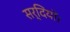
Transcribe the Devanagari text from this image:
सर्दियों।